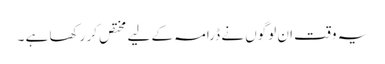
یہ وقت ان لوگوں نے ڈرامہ کے لیے مختص کر رکھا ہے ۔